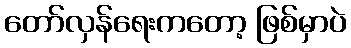
တော်လှန်ရေးကတော့ ဖြစ်မှာပဲ